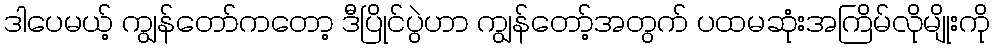
ဒါပေမယ့် ကျွန်တော်ကတော့ ဒီပြိုင်ပွဲဟာ ကျွန်တော့်အတွက် ပထမဆုံးအကြိမ်လိုမျိုးကို